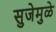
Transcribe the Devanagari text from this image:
सुजेमुळे